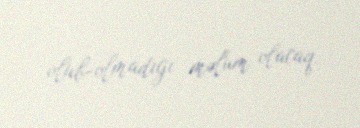
olub-olmadığı məlum olacaq.